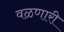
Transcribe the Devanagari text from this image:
वळणारी